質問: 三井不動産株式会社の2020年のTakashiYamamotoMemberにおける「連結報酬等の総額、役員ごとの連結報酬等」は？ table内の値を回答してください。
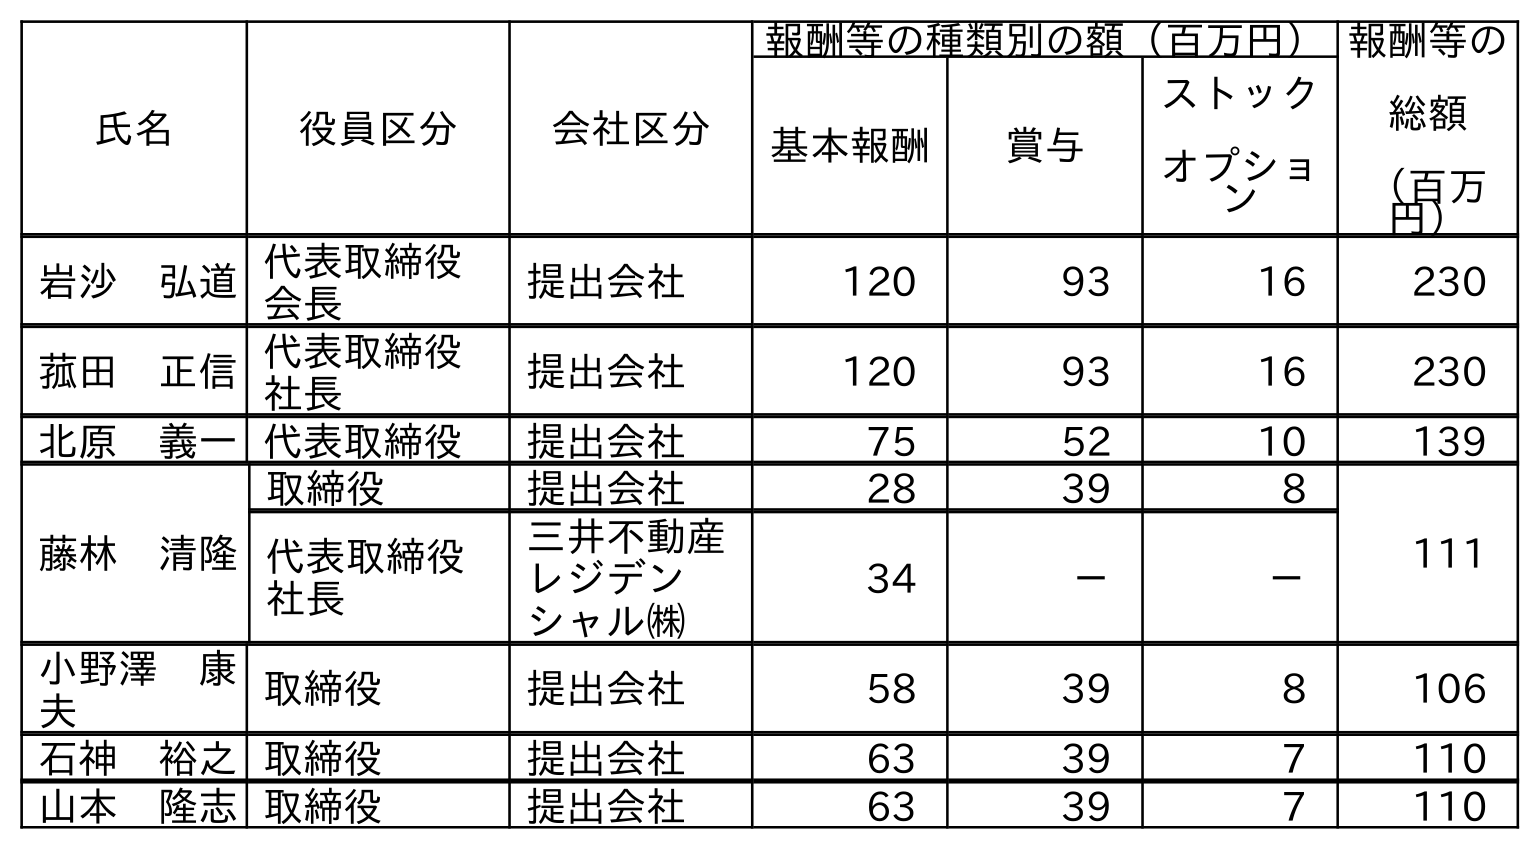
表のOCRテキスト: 氏名 役員区分 会社区分 報酬等の種類別の額（百万円）報酬等の 総額 （百万 円） 基本報酬 賞与 ストック オプショ ン 岩沙 弘道代表取締役 会長 提出会社 120 93 16 230 菰田 正信代表取締役 社長 提出会社 120 93 16 230 北原 義一代表取締役 提出会社 75 52 10 139 藤林 清隆 取締役 提出会社 28 39 8 111 代表取締役 社長 三井不動産 レジデン シャル㈱ 34 － － 小野澤 康 夫 取締役 提出会社 58 39 8 106 石神 裕之取締役 提出会社 63 39 7 110 山本 隆志取締役 提出会社 63 39 7 110
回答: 110